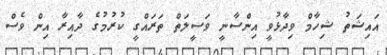
އައިޝަތު ޝިހާމް ވިދާޅުވީ އިންސާނީ ވަސީލަތް ތަރައްގީ ކުރުމުގެ ދާއިރާ އިން ވެސް